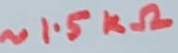
Text: ~1.5kΩ